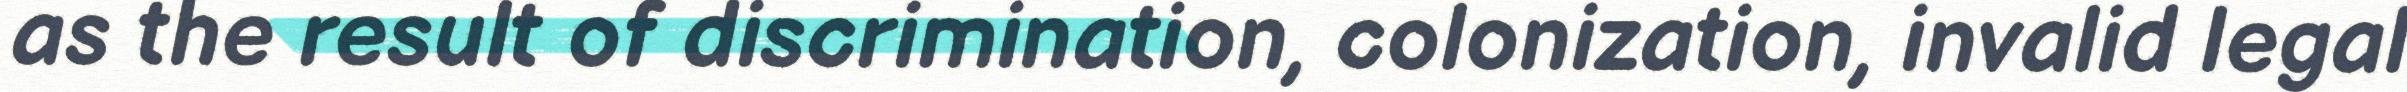
as the result of discrimination, colonization, invalid legal